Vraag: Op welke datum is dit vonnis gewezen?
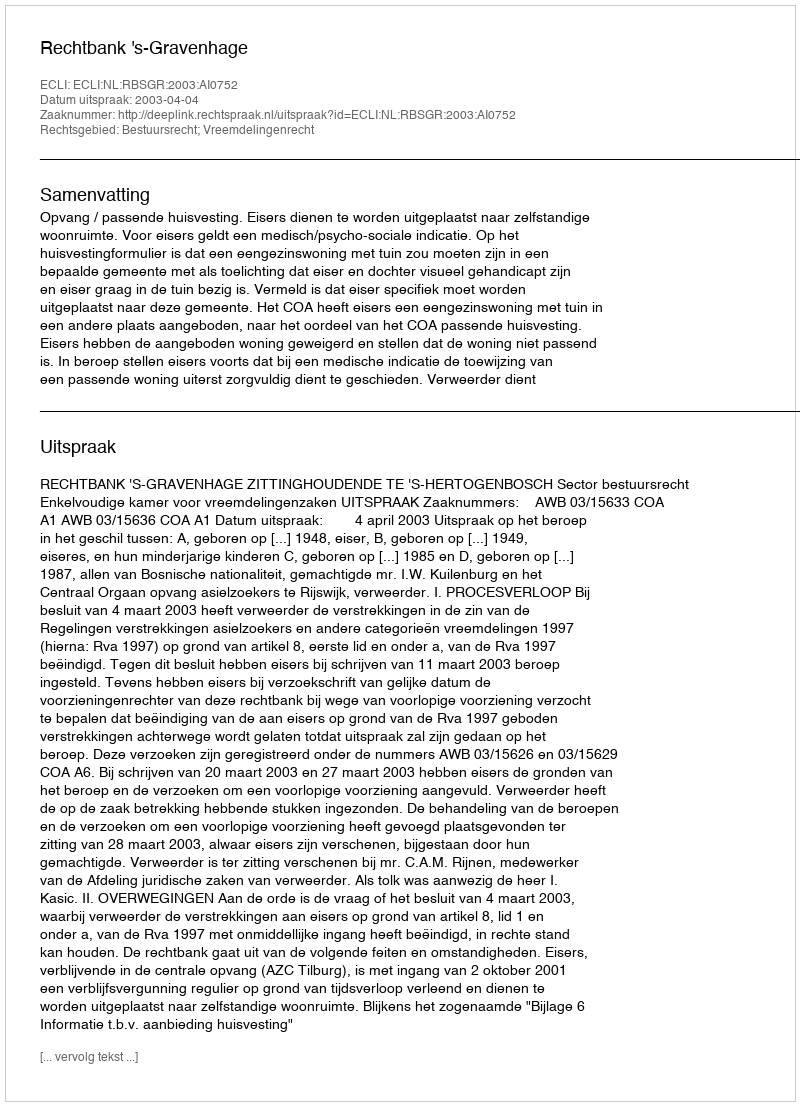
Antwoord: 2003-04-04